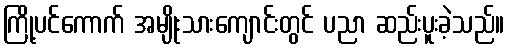
ကြို့ပင်ကောက် အမျိုးသားကျောင်းတွင် ပညာ ဆည်းပူးခဲ့သည်။